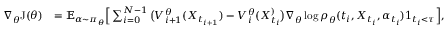
\begin{array} { r l } { \nabla _ { \theta } \mathrm { J } ( \theta ) } & { = \mathbb { E } _ { \alpha \sim \pi _ { \theta } } \Big [ \sum _ { i = 0 } ^ { N - 1 } \big ( V _ { i + 1 } ^ { \theta } ( X _ { t _ { i + 1 } } ) - V _ { i } ^ { \theta } ( X _ { t _ { i } } ^ ) \big ) \nabla _ { \theta } \log \rho _ { \theta } ( t _ { i } , X _ { t _ { i } } , \alpha _ { t _ { i } } ) 1 _ { t _ { i } < \tau } \Big ] , } \end{array}